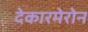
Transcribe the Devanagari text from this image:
देकारमेरोन